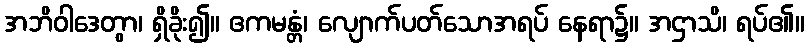
အဘိဝါဒေတွာ၊ ရှိခိုး၍။ ဧကမန္တံ၊ လျောက်ပတ်သောအရပ် နေရာ၌။ အဌာသိ၊ ရပ်၏။